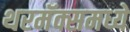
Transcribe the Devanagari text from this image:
थरमॅक्समध्ये